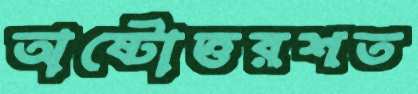
অষ্টোত্তরশত